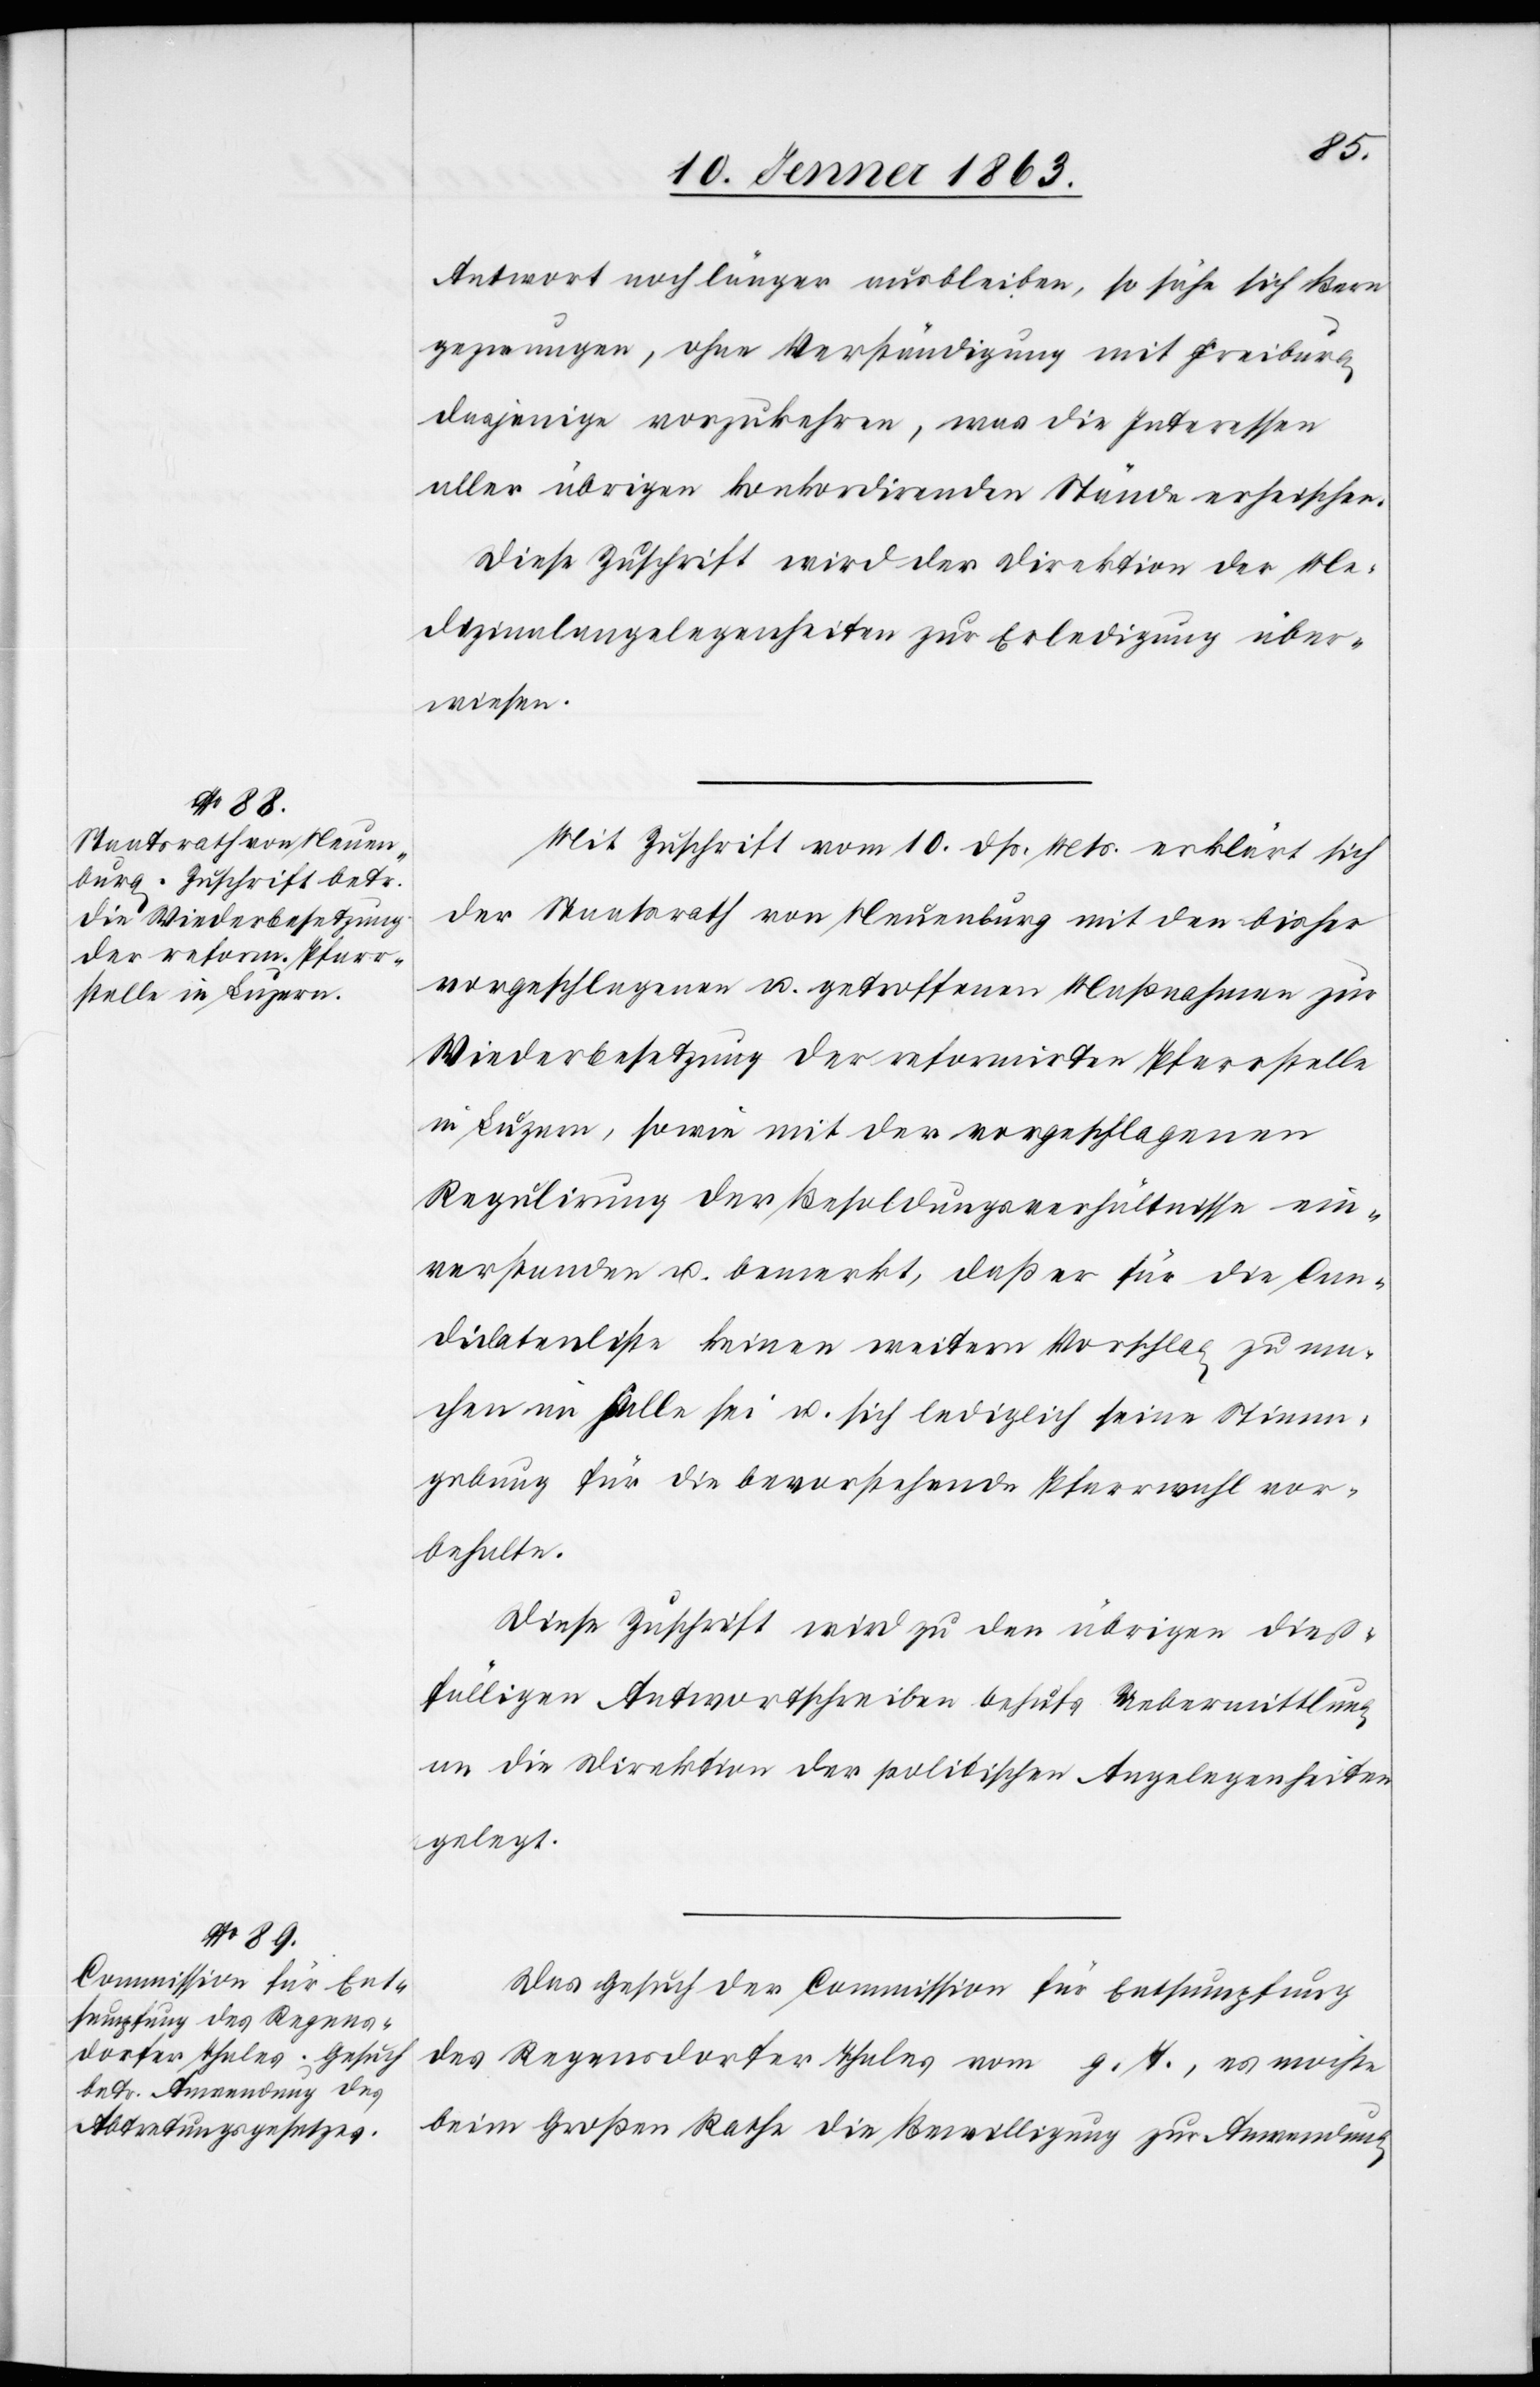
13. Jenner 1863.]
Antwort noch länger ausbleiben, so sähe sich Bern
gezwungen, ohne Verständigung mit Freiburg
dasjenige vorzukehren, was die Interessen
aller übrigen konkordirenden Stände erheischen.
Diese Zuschrift wird der Direktion der Me¬
dizinalangelegenheiten zur Erledigung über¬
wiesen.
Mit Zuschrift vom 10. dß. Mts. erklärt sich
der Staatsrath von Neuenburg mit den bisher
vorgeschlagenen u. getroffenen Maßnahmen zur
Wiederbesetzung der reformirten Pfarrstelle
in Luzern, sowie mit der vorgeschlagenen
Regulirung der Besoldungsverhältnisse ein¬
verstanden u. bemerkt, daß er für die Can¬
didatenliste keinen weitern Vorschlag zu ma¬
chen im Falle sei u. sich lediglich seine Stimm¬
gebung für die bevorstehende Pfarrwahl vor¬
behalte.
Diese Zuschrift wird zu den übrigen dieß¬
fälligen Antwortschreiben behufs Uebermittlung
an die Direktion der politischen Angelegenheiten
gelegt.
Das Gesuch der Commission für Entsumpfung
des Regensdorfer Thales vom g. T., es möchte
beim Großen Rathe die Bewilligung zur Anwendung